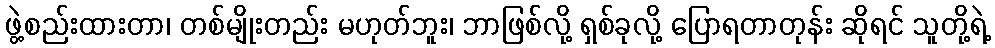
ဖွဲ့စည်းထားတာ၊ တစ်မျိုးတည်း မဟုတ်ဘူး၊ ဘာဖြစ်လို့ ရှစ်ခုလို့ ပြောရတာတုန်း ဆိုရင် သူတို့ရဲ့